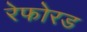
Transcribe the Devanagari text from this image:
रेफोरड